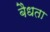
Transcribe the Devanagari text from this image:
बैधता